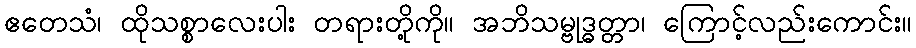
ဧတေသံ၊ ထိုသစ္စာလေးပါး တရားတို့ကို။ အဘိသမ္ဗုဒ္ဓတ္တာ၊ ကြောင့်လည်းကောင်း။